Quinine and its salts - Number 41
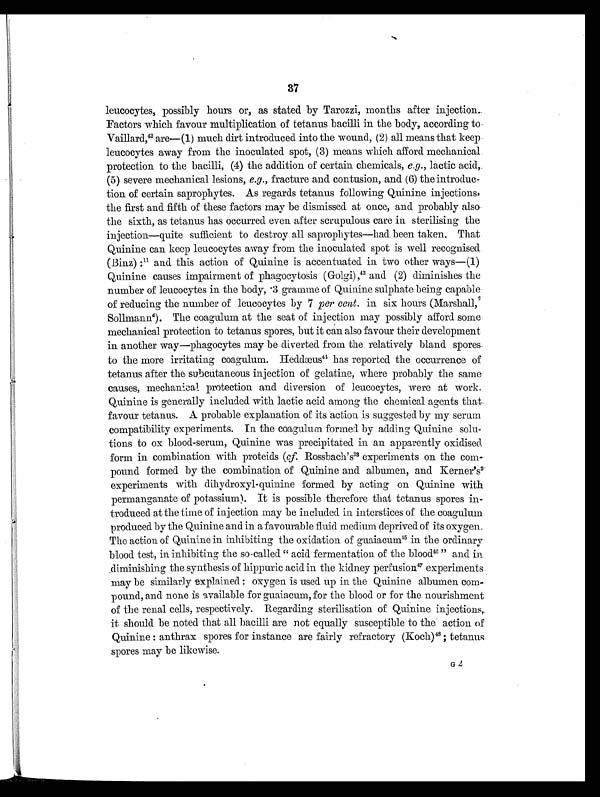
37
leucocytes, possibly hours or, as stated by Tarozzi, months after injection.
Factors which favour multiplication of tetanus bacilli in the body, according to
Vaillard,42 are—(1) much dirt introduced into the wound, (2) all means that keep
leucocytes away from the inoculated spot, (3) means which afford mechanical
protection to the bacilli, (4) the addition of certain chemicals, e.g., lactic acid,
(5) severe mechanical lesions, e.g., fracture and contusion, and (6) the introduc-
tion of certain saprophytes. As regards tetanus following Quinine injections,
the first and fifth of these factors may be dismissed at once, and probably also
the sixth, as tetanus has occurred even after scrupulous care in sterilising the
injection—quite sufficient to destroy all saprophytes—had been taken. That
Quinine can keep leucocytes away from the inoculated spot is well recognised
(Binz) :11 and this action of Quinine is accentuated in two other ways—(1)
Quinine causes impairment of phagocytosis (Golgi), 43 and (2) diminishes the
number of leucocytes in the body, 3 gramme of Quinine sulphate being capable
of reducing the number of leucocytes by 7 per cent. in six hours (Marshall,4
Sollmann6 ) . T h e c o a g u l u m a t t h e s e a t o f i n j e c t i o n m a y p o s s i b l y a f f o r d s o m e
mechanical protection to tetanus spores, but it can also favour their development
in another way—phagocytes may be diverted from the relatively bland spores
to the more irritating coagulum. Heddæus 44 has reported the occurrence of
tetanus after the subcutaneous injection of gelatine, where probably the same
causes, mechanical protection and diversion of leucocytes, were at work.
Quinine is generally included with lactic acid among the chemical agents that
favour tetanus. A probable explanation of its action is suggested by my serum
compatibility experiments. In the coagulum formed by adding Quinine solu-
tions to ox blood-serum, Quinine was precipitated in an apparently oxidised
form in combination with proteids (cf. Rossbach's33 experiments on the com-
pound formed by the combination of Quinine and albumen, and Kerner's 2
experiments with dihydroxyl-quinine formed by acting on Quinine with
permanganate of potassium). It is possible therefore that tetanus spores in-
troduced at the time of injection may be included in interstices of the coaguolum
produced by the Quinine and in a favourable fluid medium deprived of its oxygen.
The action of Quinine in inhibiting the oxidation of guaiacum" in the ordinary
blood test, in inhibiting the so-called " acid fermentation of the blood" " and in
diminishing the synthesis of hippuric acid in the kidney perfusion4 6
" e x p e r i m e n t s
may be similarly explained : oxygen is used up in the Quinine albumen com-
pound, and none is available for guaiacum, for the blood or for the nourishment
of the renal cells, respectively. Regarding sterilisation of Quinine injections,
it should be noted that all bacilli are not equally susceptible to the action of
Quinine : anthrax spores for instance are fairly refractory (Koch) 4 8 ;
t e t a n u s
spores may be likewise.
G2